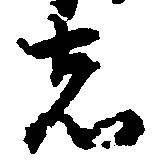
者